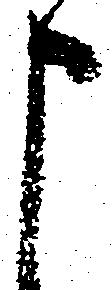
申